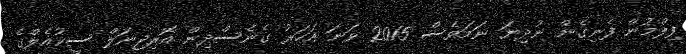
ފިލްމުން ފެނިގެން ނުދިޔަ ނަމަވެސް 2015 ވަނަ އަހަރު ގެނެސްދިން އޮރިޖިނަލް ސީކުއެލްގެ